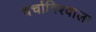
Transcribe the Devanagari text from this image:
चर्चाविश्वाला